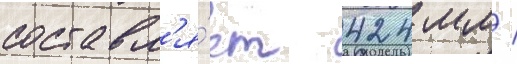
составл'я́ет 424 мм /